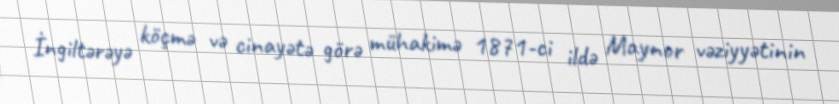
İngiltərəyə köçmə və cinayətə görə mühakimə 1871-ci ildə Maynor vəziyyətinin